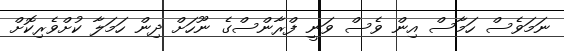
ނަމަވެސް ހަމާސް އިން ވެސް ވަނީ ފްރާންސްގެ ނޫހަށް ދިން ހަމަލާ ކުށްވެރިކޮށް